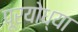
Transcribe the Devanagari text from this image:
पूरयोध्या